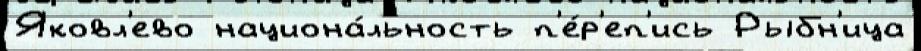
Яковл'ево национа́льность п'е́р'еп'ись Рыбн'ица